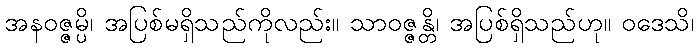
အနဝဇ္ဇမ္ပိ၊ အပြစ်မရှိသည်ကိုလည်း။ သာဝဇ္ဇန္တိ၊ အပြစ်ရှိသည်ဟု။ ဝဒေသိ၊